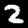
Digit: 2